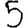
Digit: 5